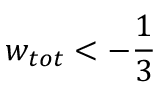
w _ { t o t } < - \frac { 1 } { 3 }